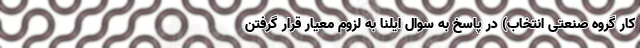
کار گروه صنعتی انتخاب) در پاسخ به سوال ایلنا به لزوم معیار قرار گرفتنِ